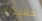
حفيدتك